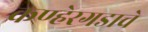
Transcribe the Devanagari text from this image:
कण्हेरगडाचे